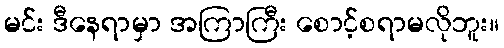
မင်း ဒီနေရာမှာ အကြာကြီး စောင့်စရာမလိုဘူး။